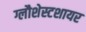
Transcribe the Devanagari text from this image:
ग्लौशेस्टशायर